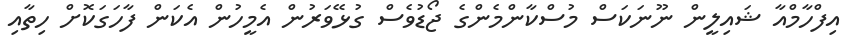
އިފްހާމްއާ ޝައިލީން ނޫނަކަސް މުސްކާންމެންގެ ޖޯޑުވެސް ގުޅޭވަރުން އެމީހުން އެކަން ފާހަގަކޮށް ހިތާއި